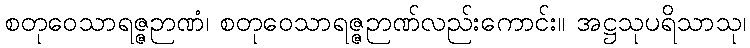
စတုဝေသာရဇ္ဇဉာဏံ၊ စတုဝေသာရဇ္ဇဉာဏ်လည်းကောင်း။ အဋ္ဌသုပရိသာသု၊